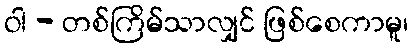
ဝါ - တစ်ကြိမ်သာလျှင် ဖြစ်စေကာမူ၊